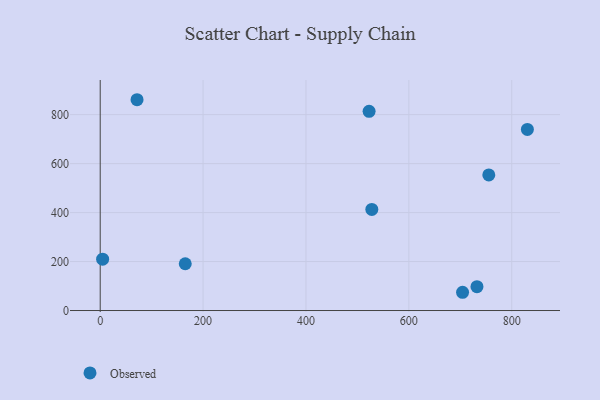
{"axis": {"x": "Distance", "y": "Rating"}, "legend": ["Observed"], "data": [{"x": "71.6", "y": 860.9, "type": "Observed"}, {"x": "755.4", "y": 553.8, "type": "Observed"}, {"x": "528.0", "y": 412.7, "type": "Observed"}, {"x": "522.7", "y": 813.7, "type": "Observed"}, {"x": "165.3", "y": 190.9, "type": "Observed"}, {"x": "732.4", "y": 97.4, "type": "Observed"}, {"x": "830.4", "y": 739.5, "type": "Observed"}, {"x": "704.4", "y": 74.5, "type": "Observed"}, {"x": "4.7", "y": 209.6, "type": "Observed"}]}